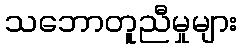
သဘောတူညီမှုများ